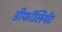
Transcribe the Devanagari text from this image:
डीफॉलियेंट